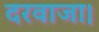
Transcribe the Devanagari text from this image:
दरवाजा।